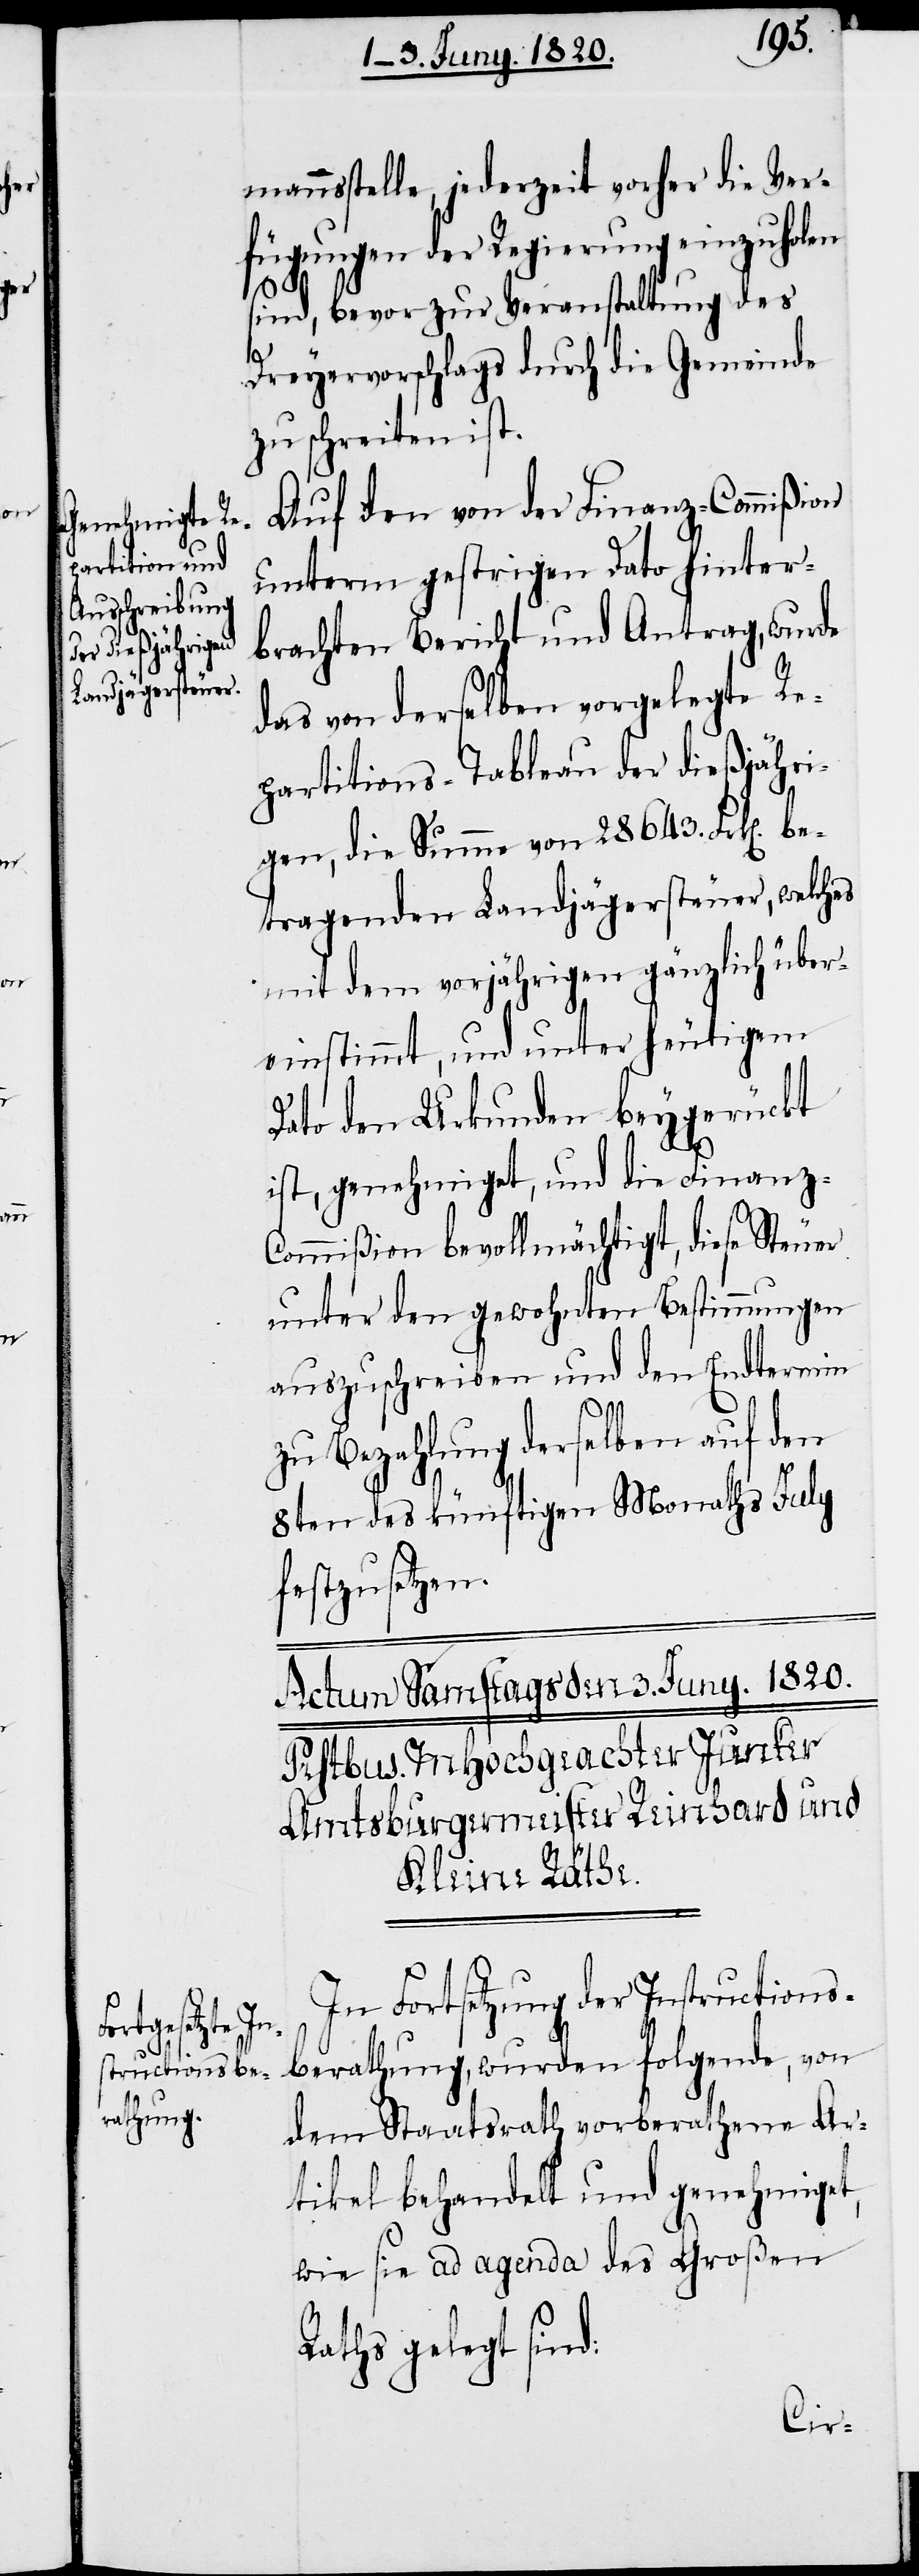
be¬

mannstelle, jederzeit vorher die Ver¬
fügungen der Regierung einzuholen
sind, bevor zur Veranstaltung des
Dreyervorschlags durch die Gemeinde
zu schreiten ist.
Auf den von der Finanz-Commiβion
unterm gestrigen Dato hinter¬
brachten Bericht und Antrag, wurde
das von derselben vorgelegte Re¬
partitions-Tableau der dießjähri¬
gen, die Summe von 28643. Frk[en].
tragenden Landjägersteuer, welches
mit dem vorjährigen gänzlich über¬
einstimmt, und unter heutigem
Dato den Urkunden beygerückt
ist, genehmiget, und die Finanz-C¬
ommiβion bevollmächtigt, diese Steuer
unter den gewohnten Bestimmungen
auszuschreiben und den Endtermin
zu Bezahlung derselben auf den
8ten des künftigen Monaths July
festzusetzen.
In Fortsetzung der Instructions¬
berathung, wurden folgende, von
dem Staatsrath vorberathene Ar¬
tikel behandelt und genehmiget,
wie sie ad agenda des Großen
Raths gelegt sind: